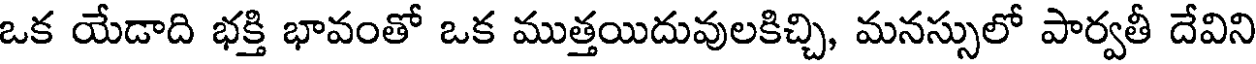
ఒక యేడాది భక్తి భావంతో ఒక ముత్తయిదువులకిచ్చి, మనస్సులో పార్వతీ దేవిని